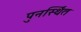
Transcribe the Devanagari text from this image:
पुनर्स्थित